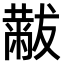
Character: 𫩋